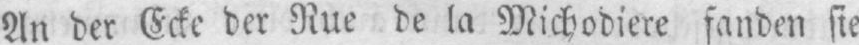
An der Ecke der Rue de la Michodiere fanden sie